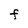
Character: F